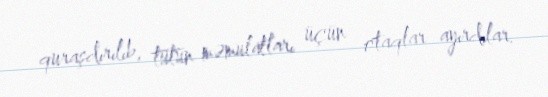
quraşdırılıb, tütün məmulatları üçün otaqlar ayırdılar.